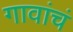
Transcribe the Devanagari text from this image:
गावांचं